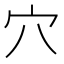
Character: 穴